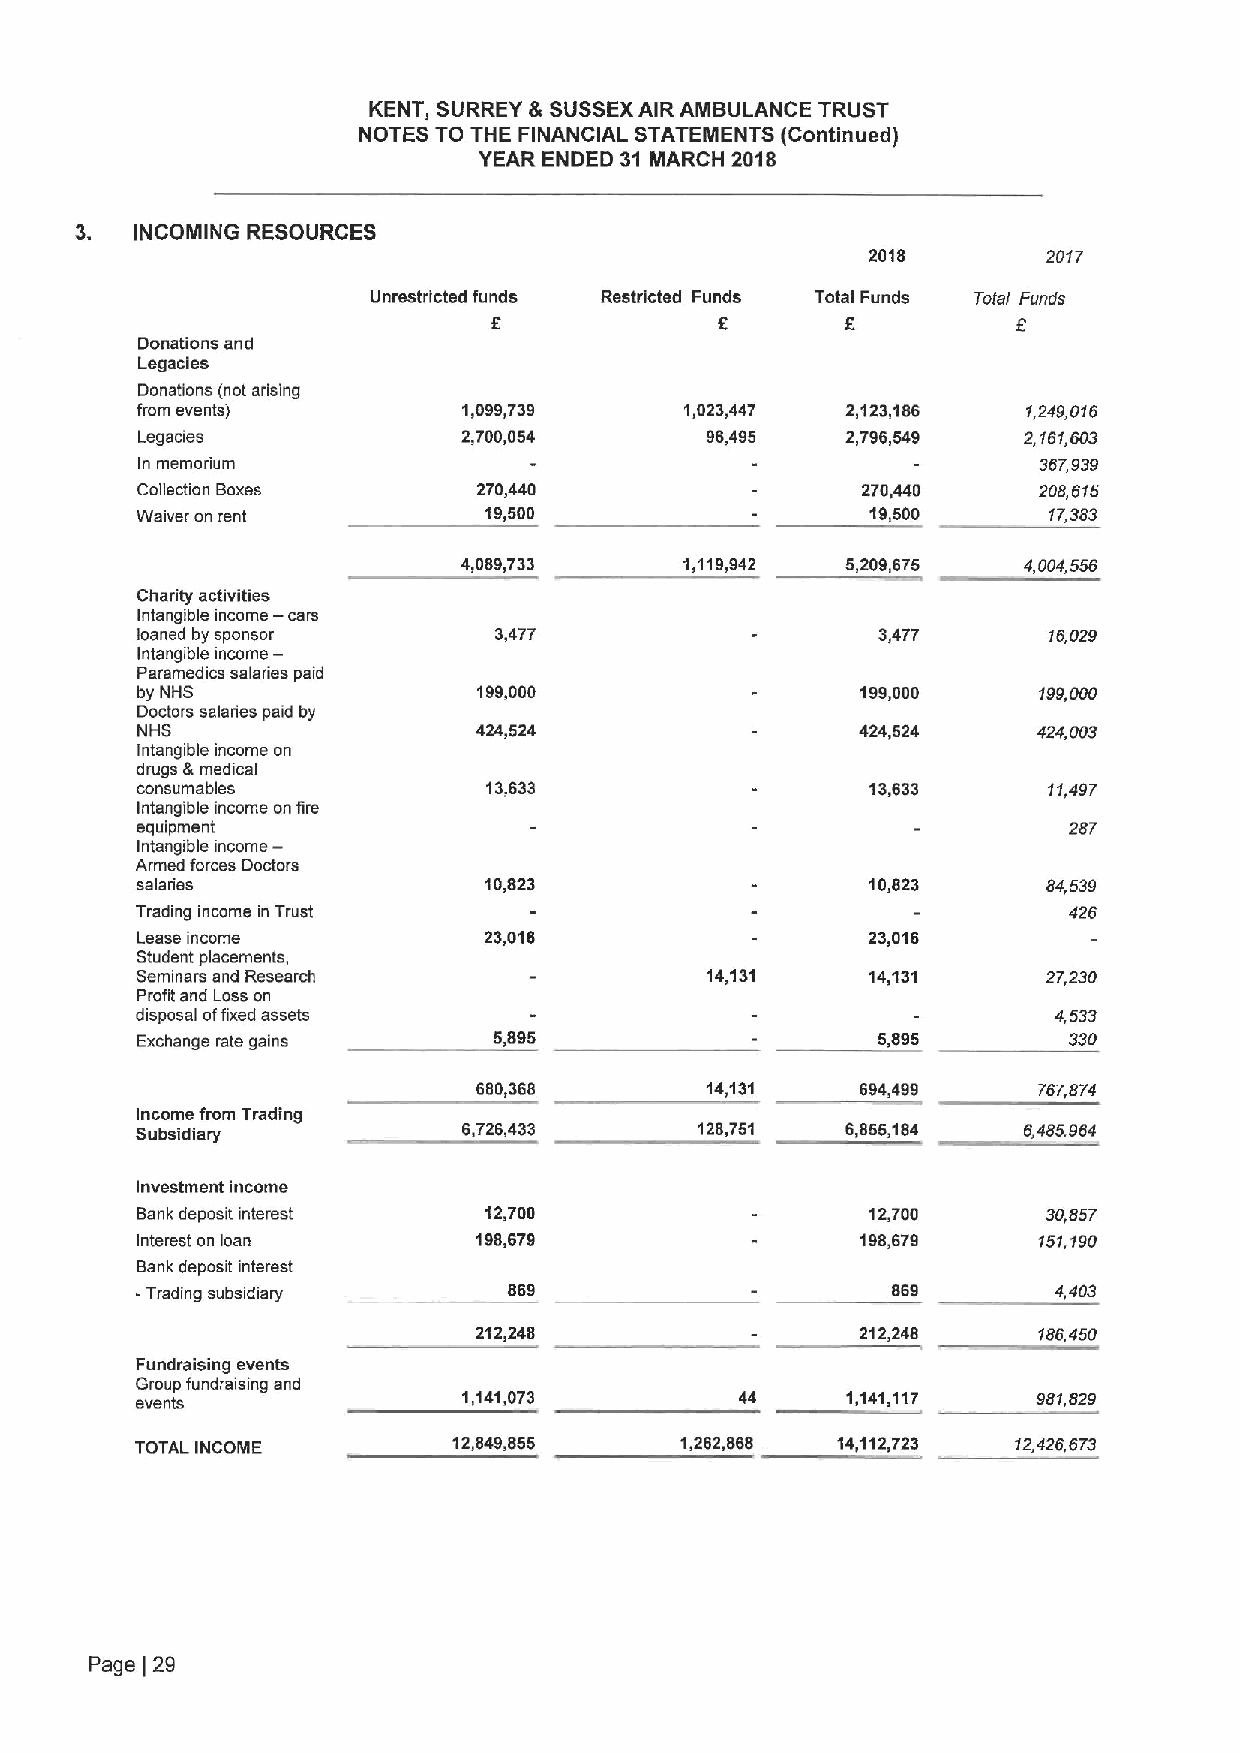
KENT, SURREY &SUSSEXAIR AMBULANCE TRUST
 NOTES TO THE FINANCIAL STATEMENTS (Conttnued)
 YEAR ENDED 31 MARCH 2018
 3.  INCOMING RESOURCES
 2018       2017
 Unrestricted funds Restricted Funds Total Funds Tote( Funds
 f
 5
 Donations and
 Legacies
 Donations (not arising
 from events)          1,099,739     1,023,447  2,123,186   1,249,016
 Legacies              2,700,054       96,495   2,796,549   2,f61,603
 In memorium                                                 367,939
 Collection Boxes       270,440                  270,440     208,615
 Waiver on rent         19,500                    19,500     17,383
 4,089,733      1,119,942  5,209,675   4,004,556
 Charity activities
 —
 Intangible income cars
 loaned by sponsor       3,477                    3,477      16,029
 Intangible income-
 Paramedics salaries paid
 by NHS                 199,000                  199,000     199,000
 Doctors salaries paid by
 NHS                   424,524                   424,524     424,003
 Intangible income on
 drugs 6medical
 consumables            13,633                    13,633     11,497
 Intangible income on fire
 equipment                                                     287
 Intangible income—
 Armed forces Doctors
 salaries               10,823                    10,823     64,539
 Trading income in Trust                                       426
 Lease income           23,016                    23,016
 Student placements,
 Seminars and Research                 14,131     14,131     27,230
 Profit and Loss on
 disposal offixed assets                                      4,533
 Exchange rate gains     S,89S                    5,895        330
 680,368        14,131    694,499     767,874
 Income from Trading
 Subsidiary            6,726,433      128,751   6,855,184   6,485.964
 Investmentincome
 Bank deposit interest  12,700                    12,700     30,857
 Interest on loan       198,679                  198,679     151,190
 Bank deposit interest
 -Trading subsidiary      869                      869        4,403
 212,248                   212,248     186,450
 Fundraising events
 Group fundraising and
 events                1,141,073         44     1,141,117    981,829
 TOTAL INCOME         12,849,855     1,262,868 14,112,723  12,426,673
 Page 29
 )